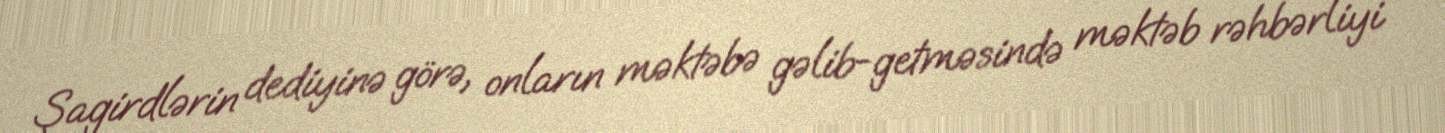
Şagirdlərin dediyinə görə, onların məktəbə gəlib-getməsində məktəb rəhbərliyi